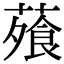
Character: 蕵